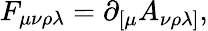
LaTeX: F_{\mu\nu\rho\lambda}=\partial_{[\mu}A_{\nu\rho\lambda]},